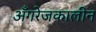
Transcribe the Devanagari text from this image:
अँगरेजकालीन